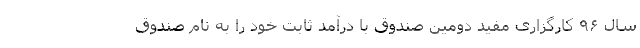
سال ۹۶ کارگزاری مفید دومین صندوق با درآمد ثابت خود را به نام صندوق